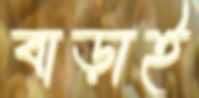
বাড়াই